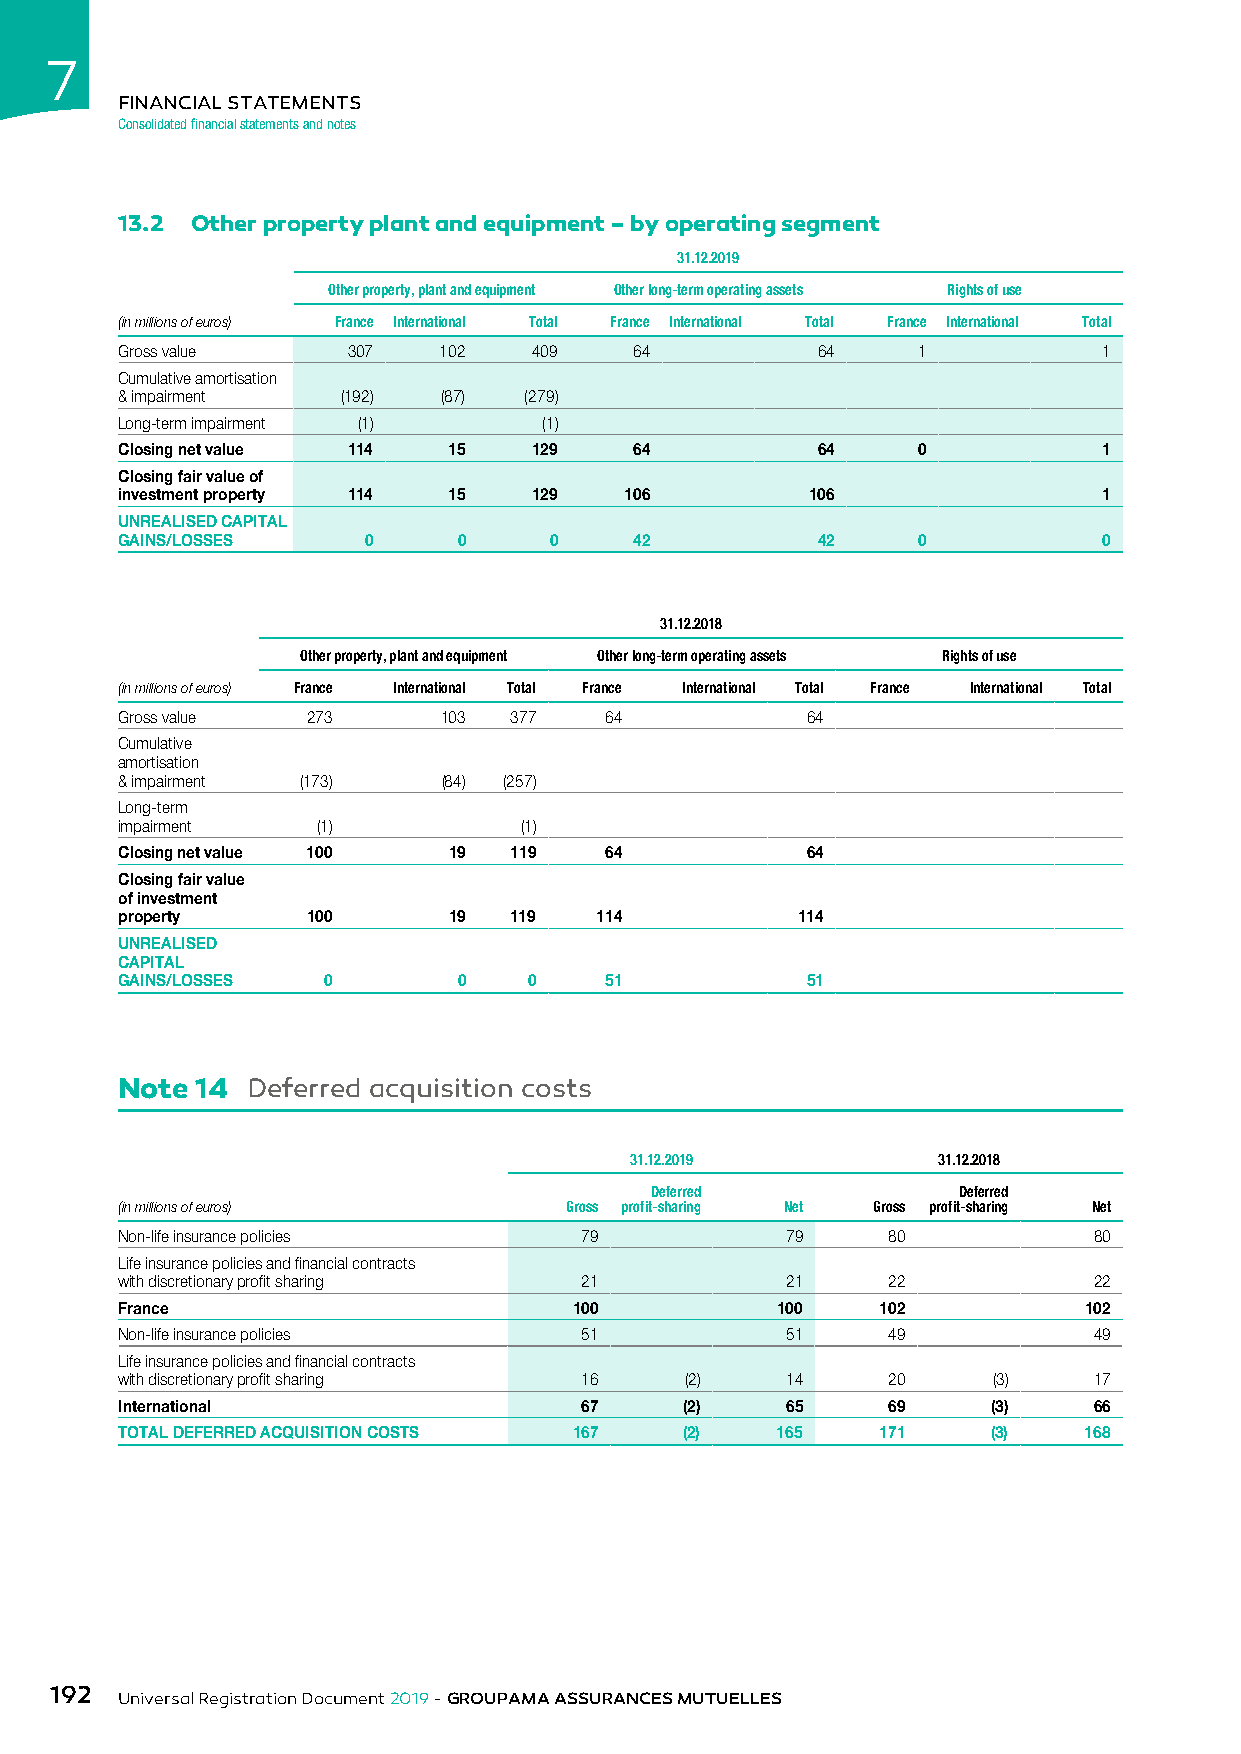
7
 FINANCIAL STATEMENTS
 Consolidated financial statements and notes
 13.2 Other property plant and equipment – by operating segment
 31.12.2019
 Other property, plant and equipment Other long-term operating assets Rights of use
 (in millions of euros) France International Total France International Total France International Total
 Gross value    307   102   409    64          64     1           1
 Cumulative amortisation
 & impairment   (192) (87)  (279)
 Long-term impairment (1)    (1)
 Closing net value 114 15   129    64          64     0           1
 Closing fair value of
 investment property 114 15 129   106          106                1
 UNREALISED CAPITAL
 GAINS/LOSSES    0     0     0     42          42     0           0
 31.12.2018
 Other property, plant and equipment Other long-term operating assets Rights of use
 (in millions of euros) France International Total France International Total France International Total
 Gross value 273      103  377   64           64
 Cumulative
 amortisation
 & impairment (173)   (84) (257)
 Long-term
 impairment   (1)          (1)
 Closing net value 100 19  119   64           64
 Closing fair value
 of investment
 property    100       19  119  114           114
 UNREALISED
 CAPITAL
 GAINS/LOSSES 0        0    0    51           51
 Note 14 Deferred acquisition costs
 31.12.2019          31.12.2018
 Deferred            Deferred
 (in millions of euros)       Gross profit-sharing Net Gross profit-sharing Net
 Non-life insurance policies   79            79     80           80
 Life insurance policies and financial contracts
 with discretionary profit sharing 21        21     22           22
 France                        100          100    102           102
 Non-life insurance policies   51            51     49           49
 Life insurance policies and financial contracts
 with discretionary profit sharing 16 (2)    14     20     (3)   17
 International                 67     (2)    65     69     (3)   66
 TOTAL DEFERRED ACQUISITION COSTS 167 (2)   165    171     (3)   168
 192
 Universal Registration Document 2019 - GROUPAMA ASSURANCES MUTUELLES